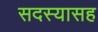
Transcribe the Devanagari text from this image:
सदस्यासह